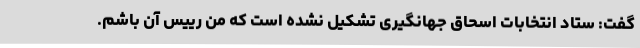
گفت: ستاد انتخابات اسحاق جهانگیری تشکیل نشده است که من رییس آن باشم.